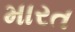
મારત